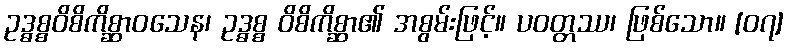
ဥဒ္ဓစ္စဝိစိကိစ္ဆာဝသေန၊ ဥဒ္ဓစ္စ ဝိစိကိစ္ဆာ၏ အစွမ်းဖြင့်။ ပဝတ္တဿ၊ ဖြစ်သော။ [၀၇]